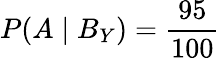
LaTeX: P(A\mid B_{Y})={\frac{95}{100}}